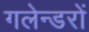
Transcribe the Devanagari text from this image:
गलेन्डरों